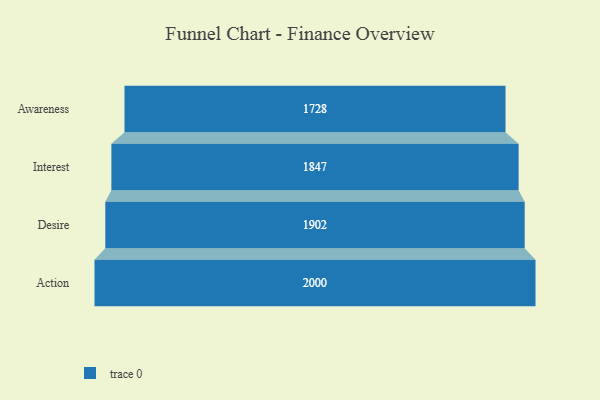
{"axis": {"x": "Stage", "y": "Value"}, "legend": [""], "data": [{"x": "Awareness", "y": 1728.0, "type": ""}, {"x": "Interest", "y": 1847.0, "type": ""}, {"x": "Desire", "y": 1902.0, "type": ""}, {"x": "Action", "y": 2000, "type": ""}]}